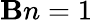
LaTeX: \mathbf{B}n=1